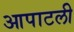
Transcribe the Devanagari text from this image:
आपाटली